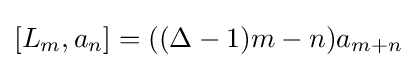
[L_{m},a_{n}]=((\Delta -1)m-n)a_{m+n}